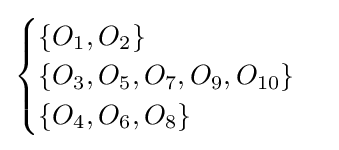
{\begin{cases}\{O_{1},O_{2}\}\\\{O_{3},O_{5},O_{7},O_{9},O_{10}\}\\\{O_{4},O_{6},O_{8}\}\end{cases}}